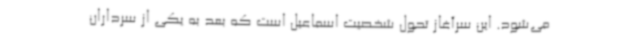
می‌شود. این سرآغاز تحول شخصیت اسماعیل است که بعد به یکی از سرداران